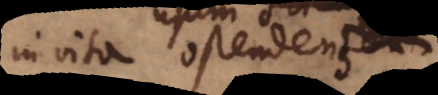
in vita ostendens